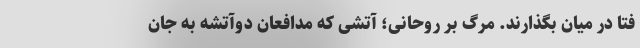
فتا در میان بگذارند. مرگ بر روحانی؛ آتشی که مدافعان دو‌آتشه به جان